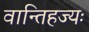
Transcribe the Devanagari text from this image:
वान्तिहज्यः